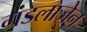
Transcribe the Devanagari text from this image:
ग्रंडलाजेन